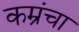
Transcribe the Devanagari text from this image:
कम्रंचा